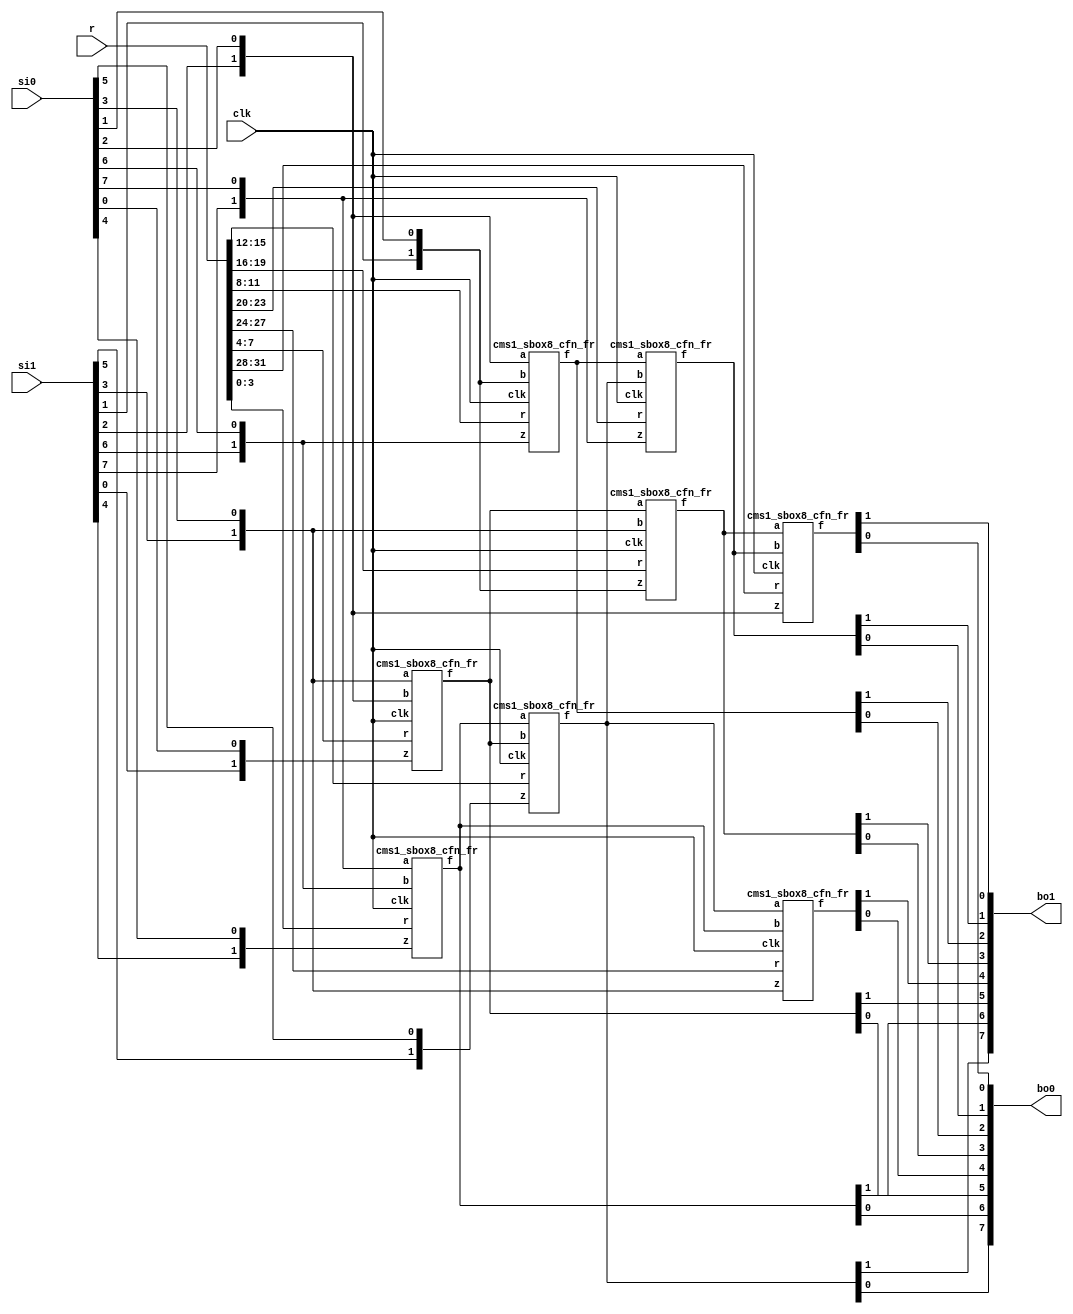
/*
 Designer: Mustafa Khairallah
 Nanyang Technological University
 Singapore
 Date: July, 2021
 */


module skinny_sbox8_cms1_non_pipelined (/*AUTOARG*/
   // Outputs
   bo1, bo0,
   // Inputs
   si1, si0, r, clk
   ) ;
   (*equivalent_register_removal = "no" *)output [7:0] bo1; // share 1
   (*equivalent_register_removal = "no" *)output [7:0] bo0; // share 0

   (*equivalent_register_removal = "no" *)input [7:0] 	si1; // share 1
   (*equivalent_register_removal = "no" *)input [7:0] 	si0; // share 0
   (*equivalent_register_removal = "no" *)input [31:0]  r;   // refreshing mask
   (*equivalent_register_removal = "no" *)input        clk;

   wire [1:0]   bi7;
   wire [1:0]   bi6;
   wire [1:0]   bi5;
   wire [1:0]   bi4;
   wire [1:0]   bi3;
   wire [1:0]   bi2;
   wire [1:0]   bi1;
   wire [1:0]   bi0;

   wire [1:0]   a7;
   wire [1:0]   a6;
   wire [1:0]   a5;
   wire [1:0]   a4;
   wire [1:0]   a3;
   wire [1:0]   a2;
   wire [1:0]   a1;
   wire [1:0]   a0;
 
   assign bi0 = {si1[0],si0[0]};
   assign bi1 = {si1[1],si0[1]};
   assign bi2 = {si1[2],si0[2]};
   assign bi3 = {si1[3],si0[3]};
   assign bi4 = {si1[4],si0[4]};
   assign bi5 = {si1[5],si0[5]};
   assign bi6 = {si1[6],si0[6]};
   assign bi7 = {si1[7],si0[7]};

   (*equivalent_register_removal = "no" *)cms1_sbox8_cfn_fr b764 (a0,bi7,bi6,bi4,r[ 3: 0],clk);
   (*equivalent_register_removal = "no" *)cms1_sbox8_cfn_fr b320 (a1,bi3,bi2,bi0,r[ 7: 4],clk);
   (*equivalent_register_removal = "no" *)cms1_sbox8_cfn_fr b216 (a2,bi2,bi1,bi6,r[11: 8],clk);
   (*equivalent_register_removal = "no" *)cms1_sbox8_cfn_fr b015 (a3,a0, a1, bi5,r[15:12],clk);
   (*equivalent_register_removal = "no" *)cms1_sbox8_cfn_fr b131 (a4,a1, bi3,bi1,r[19:16],clk);
   (*equivalent_register_removal = "no" *)cms1_sbox8_cfn_fr b237 (a5,a2, a3, bi7,r[23:20],clk);
   (*equivalent_register_removal = "no" *)cms1_sbox8_cfn_fr b303 (a6,a3, a0, bi3,r[27:24],clk);
   (*equivalent_register_removal = "no" *)cms1_sbox8_cfn_fr b422 (a7,a4, a5, bi2,r[31:28],clk);

   assign {bo1[6],bo0[6]} = a0;
   assign {bo1[5],bo0[5]} = a1;
   assign {bo1[2],bo0[2]} = a2;
   assign {bo1[7],bo0[7]} = a3;
   assign {bo1[3],bo0[3]} = a4;
   assign {bo1[1],bo0[1]} = a5;
   assign {bo1[4],bo0[4]} = a6;
   assign {bo1[0],bo0[0]} = a7;
   
endmodule // skinny_sbox8_cms1_non_pipelined


// The core registered function of the skinny sbox8.
// fr: fully registered, all and operations are
// registered.
// cfn: core function
// The core function is basically (x nor y) xor z
// We use de morgan's law to convert it to:
// ((~x) and (~y)) xor z and use the ISW
// multiplier for the and gate. The is enforced by
// the idea from Knichel et al. to refresh one of
// the inputs to the multiplier.
// The core registered function of the skinny sbox8.
// fr: fully registered, all and operations are
// registered.
// cfn: core function
// The core function is basically (x nor y) xor z
// We use de morgan's law to convert it to:
// ((~x) and (~y)) xor z and use the ISW
// multiplier for the and gate.

module cms1_sbox8_cfn_fr (/*AUTOARG*/
   // Outputs
   f,
   // Inputs
   a, b, z, r, clk
   ) ;
   output [1:0]        f;
   input [1:0]         a, b, z;
   input [3:0]	       r;
   input 	       clk;

   wire [1:0] 	       x;
   wire [1:0] 	       y;
   
   (*equivalent_register_removal = "no" *)reg [3:0] 	       rg;

   assign x = {a[1],~a[0]};
   assign y = {b[1],~b[0]};
   
   always @ (posedge clk) begin      
      
      rg[0] <= (x[0] & y[0]) ^ r[0] ^ r[1];
      rg[1] <= (x[0] & y[1]) ^ r[1] ^ r[2];
      rg[2] <= (x[1] & y[0]) ^ r[2] ^ r[3];
      rg[3] <= (x[1] & y[1]) ^ r[3] ^ r[0];

   end // always @ (posedge clk)

   assign f[0] = ^rg[1:0] ^ z[0];
   assign f[1] = ^rg[3:2] ^ z[1]; 

endmodule // cms1_sbox8_cfn_fr